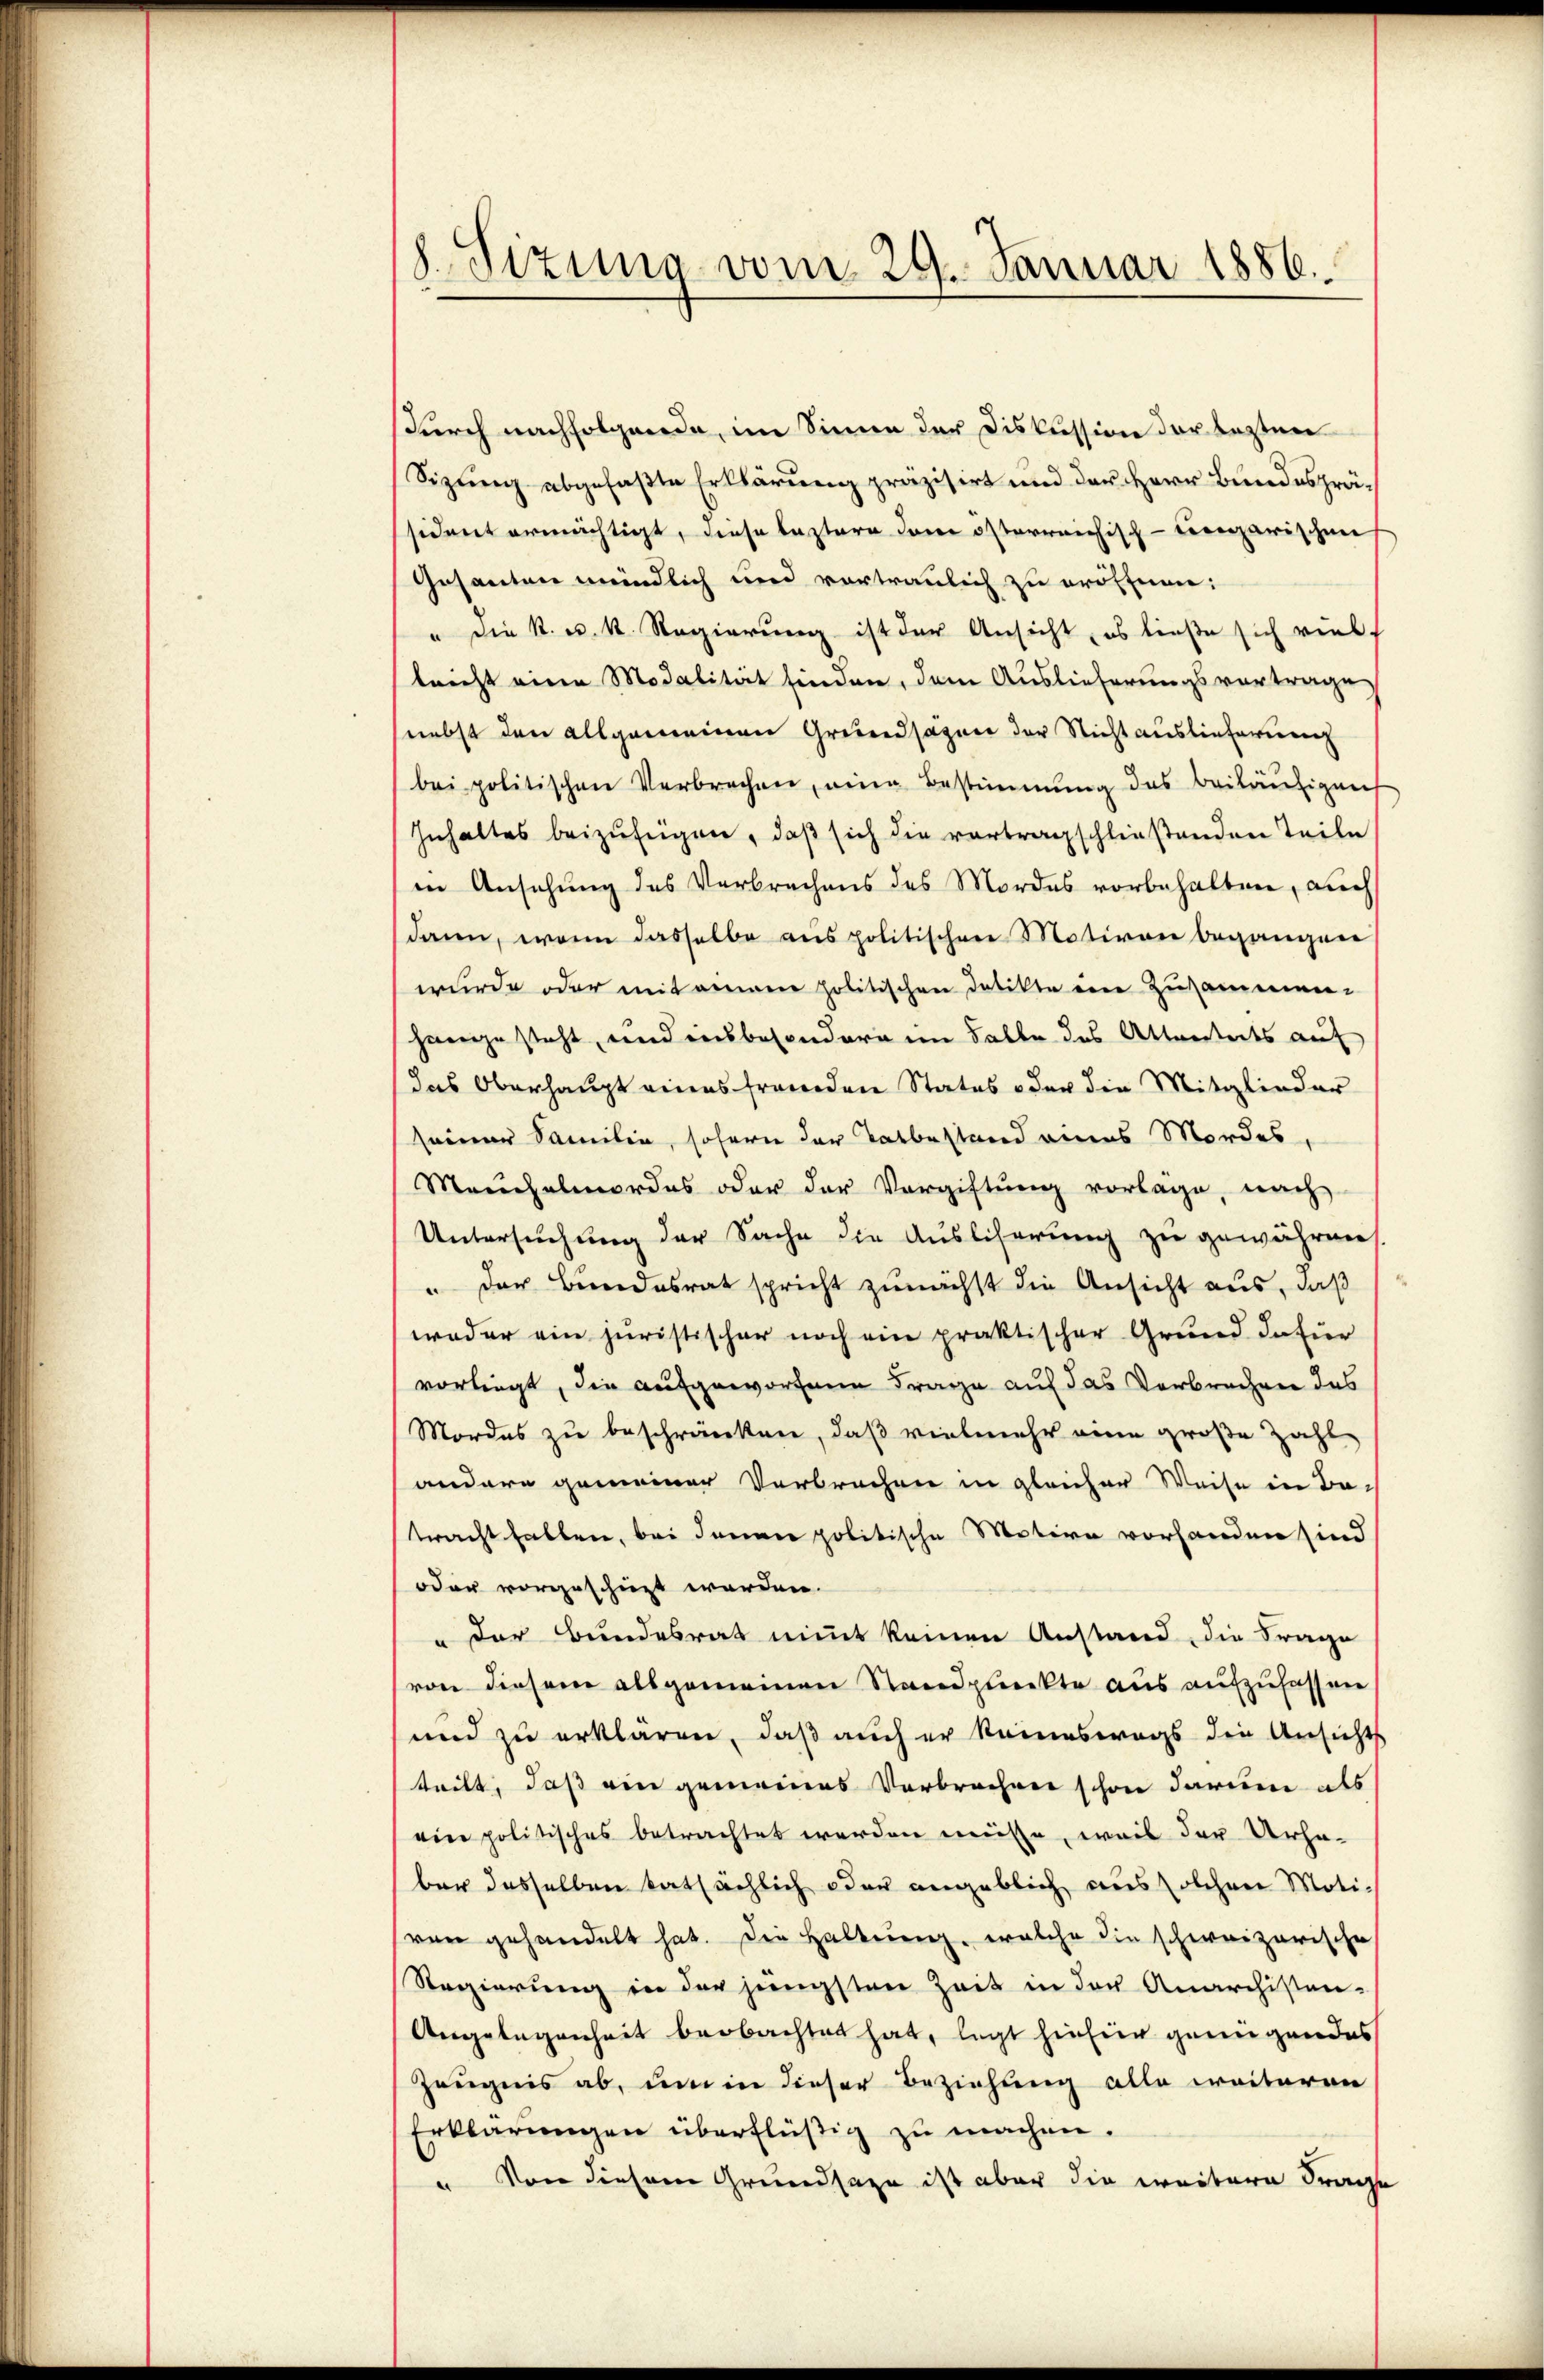
8. Sizung vom 29. Januar 1886.

sdurch nachfolgende, im Sinne der Diskussion der lezten
Sizung abgefaßte Erklärung präzisirt und der Herr Bundesprässident ermächtigt, diese leztere dem österreichisch-tecarischen
Gesanten meindlich und vortraulich zu eröffnen:
" die k. k. k. Regierung ist der Ansicht, es ließe sich viel
lricht eine Modalität finden, dem Auslieferungsvortrage
(nebst den allgemeinen Grundsazen der Nicht auslieferung
bei politischen Verbrechen, eine Bestimmung des beiläufigent
Inhaltes beizufügen, daß sich die vortragschließenden Teile
in Ansehung des Verbrechens des Mordes vorbehalten, auch
dann, wenn dasselbe aus politischen Motiven begangene
wurde oder mit einem politischen Datikte eine Zusammen.
hange steht, und insbesondere im Falle des Altanstets auf
das Oberhaupt eines fremden Status oder die Mitglieder
seiner Samilie, sofern der Tatbestand eines Mordes,
Meuchelmordes oder der Vergiftung vorlage, nach
Untersuchung der Sache die Ausliserung zu gewähren
" der Bundesrat spricht zunächst die Ansicht aus, daß
weder ein juristischer noch ein praktischer Grund dafür
vorliegt, die aufgeworfene Frage auf das Verbrechen des
Mordes zu beschränken, daß vielmehr eine große Zahl
andere gemeiner Verbrechen in gleicher Weise in Batracht halten, bei danner politische Motive vorhanden sind
oder vorgeschüzt worden.
" der Bundesrat nimmt keinen Anstand, die Frage
von diesem allgemeinen Standpunkte aus aufzufassen
und zu erklären, daß auch er keineswegs die Ansichts
teilt, daß ein gemeines Verbrechen schon darum als
ein politisches betrachtet werden müsse, weis der Urhaber dasselben tatsächlich oder angeblich aus solchen Moti-
ven gehandelt hat. Die Haltung, welche die schweizerische
Regierung in der jüngsten Zeit in der Anarchisten-
Angelegenheit beobachtet hat, legt hiefür genügendes
Zeugnis ab, um in dieser Beziehung alle weiteren
Erklärungen überflüßig zu machen.
" Von diesem Grundsage ist aber die weitere Frage